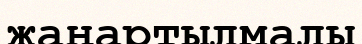
жаңартылмалы